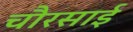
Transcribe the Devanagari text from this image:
चौरसाई